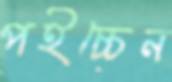
পইচ্চেন